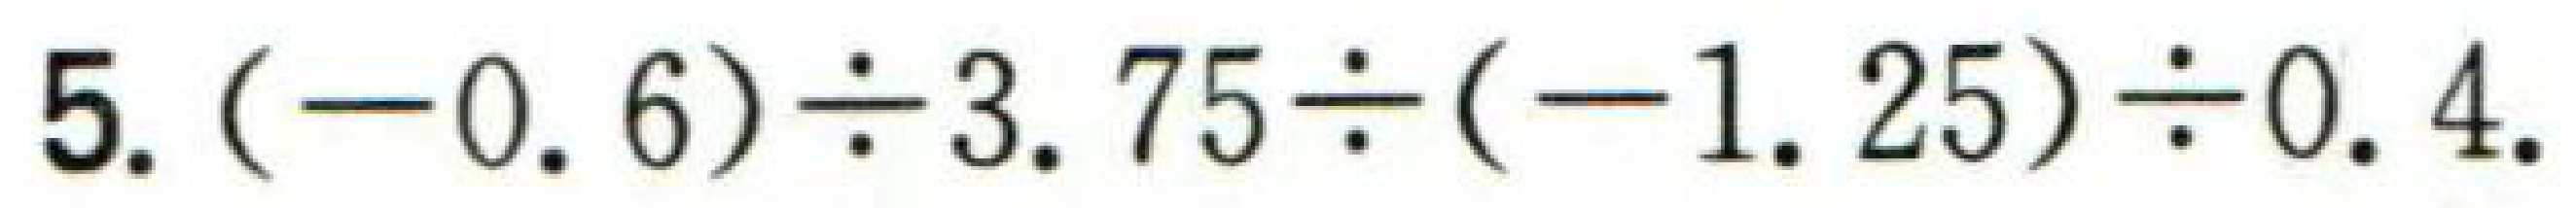
5. \((-0.6)\div3.75\div(-1.25)\div0.4\)